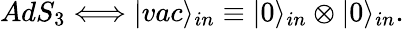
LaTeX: AdS_{3}\Longleftrightarrow|vac\rangle_{in}\equiv|0\rangle_{in}\otimes|0\rangle_{in}.